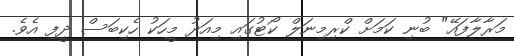
މަރާލާފައޭ" ބުނި ކަމަށް ކްރިމިނަލް ކޯޓުގައި މިއަދު މީހަކު ހެކިބަސް ދީފި އެވެ.